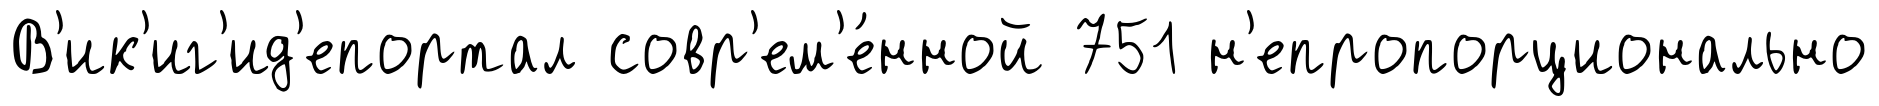
В'ик'иг'ид'епортал совр'ем'е́нной 751 н'епропорционально